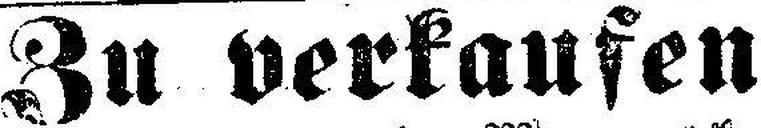
Zu verkaufen